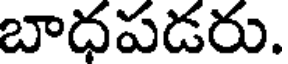
బాధపడరు.